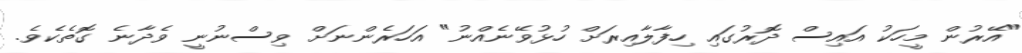
"އޭރުން މީހަކު އައިސް ދޮރުގައި ހިފާލާއިރަށް ހުޅުވޭނެއްނު" އަހަރެންނަށް ވިސްނުނީ ވެދާނެ ގޮތެކެވެ.